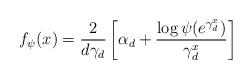
LaTeX: \begin{align*}f_\psi(x) = \frac{2}{d\gamma_d}\left[\alpha_d + \frac{\log\psi(e^{\gamma_d^x})}{\gamma_d^x}\right]\end{align*}